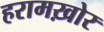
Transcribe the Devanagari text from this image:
हरामख़ोर